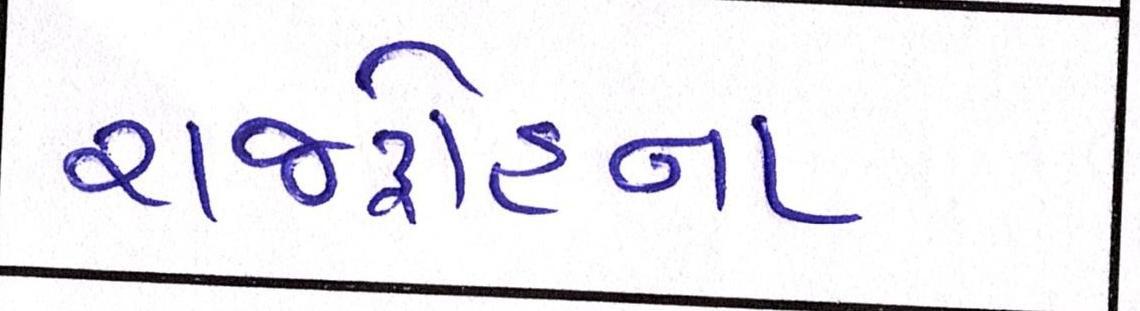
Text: રાજદ્રોહના